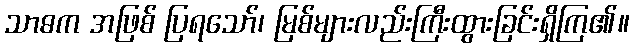
သာဓက အဖြစ် ပြရသော်၊ မြစ်များလည်းကြီးထွားခြင်းရှိကြ၏။